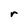
Character: r